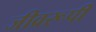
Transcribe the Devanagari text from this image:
जीवरूपी